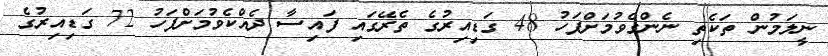
ނީލަމުން ތަކެތި ނެންގެވުމަށްފަހު 48 ގަޑިއިރުގެ ތެރޭގައި ފައިސާ ދެއްކެވުމަށްފަހު 72 ގަޑިއިރުގެ